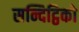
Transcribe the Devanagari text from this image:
सन्दिट्ठिको